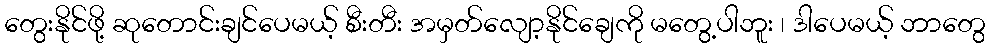
တွေးနိုင်ဖို့ ဆုတောင်းချင်ပေမယ့် စီးတီး အမှတ်လျော့နိုင်ချေကို မတွေ့ပါဘူး ၊ ဒါပေမယ့် ဘာတွေ